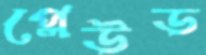
প্লেউড